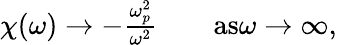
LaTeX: \begin{array}{r}{\chi(\omega)\rightarrow-\frac{\omega_{p}^{2}}{\omega^{2}}\qquad\textrm{as}\omega\rightarrow\infty,}\end{array}